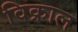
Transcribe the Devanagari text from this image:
विक्राल